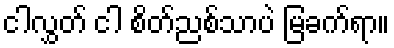
ငါလွှတ် ငါ စိတ်ညစ်သာပဲ မြခက်ရာ။